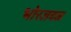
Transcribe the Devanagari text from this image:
भोरजवळ